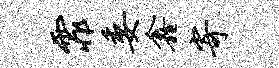
霏委鑫寄